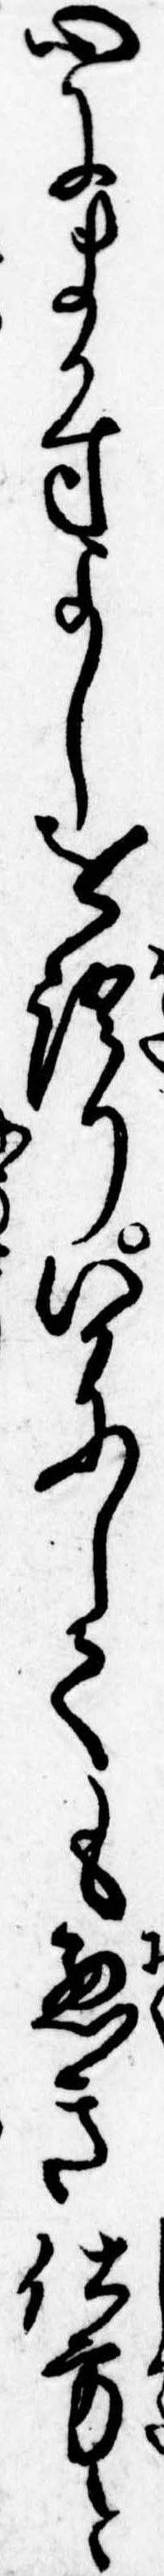
心にまかすよしを語りいかにしても悪き仕方と